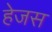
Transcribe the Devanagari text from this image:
हेजस